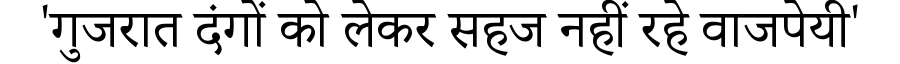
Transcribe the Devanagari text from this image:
'गुजरात दंगों को लेकर सहज नहीं रहे वाजपेयी'